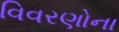
વિવરણોના